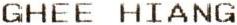
GHEE HIANG